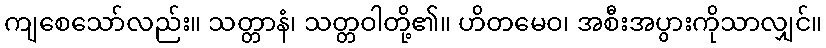
ကျစေသော်လည်း။ သတ္တာနံ၊ သတ္တဝါတို့၏။ ဟိတမေဝ၊ အစီးအပွားကိုသာလျှင်။